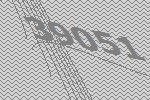
39051